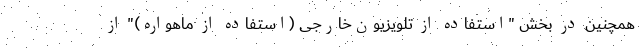
همچنین در بخش "استفاده از تلویزیون‌خارجی (استفاده از ماهواره)" از